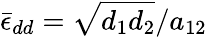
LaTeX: \bar{\epsilon}_{dd}=\sqrt{d_{1}d_{2}}/a_{12}